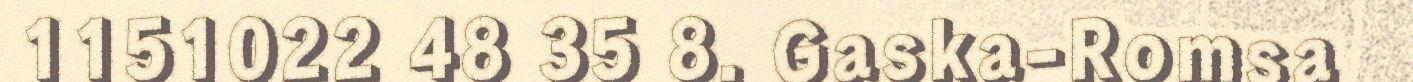
1151022 48 35 8. Gaska-Romsa